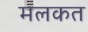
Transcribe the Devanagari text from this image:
मलकत